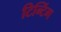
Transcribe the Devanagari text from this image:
टिन्टिंग